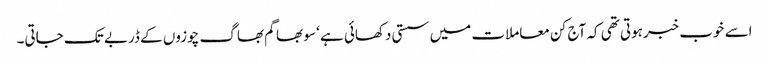
اسے خوب خبرہوتی تھی کہ آج کن معاملات میں سستی دکھائی ہے ‘ سو بھاگم بھاگ چوزوں کے ڈربے تک جاتی۔